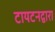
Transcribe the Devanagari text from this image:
टायटनद्वारा